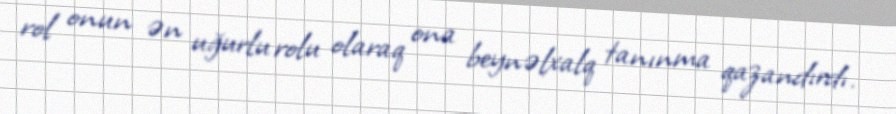
rol onun ən uğurlu rolu olaraq ona beynəlxalq tanınma qazandırdı.